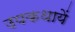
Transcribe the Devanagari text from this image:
उपकथायें